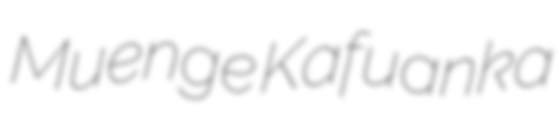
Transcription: Muenge Kafuanka